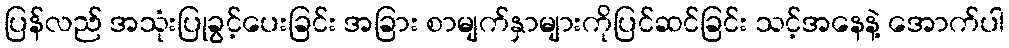
ပြန်လည် အသုံးပြုခွင့်ပေးခြင်း အခြား စာမျက်နှာများကိုပြင်ဆင်ခြင်း သင့်အနေနဲ့ အောက်ပါ